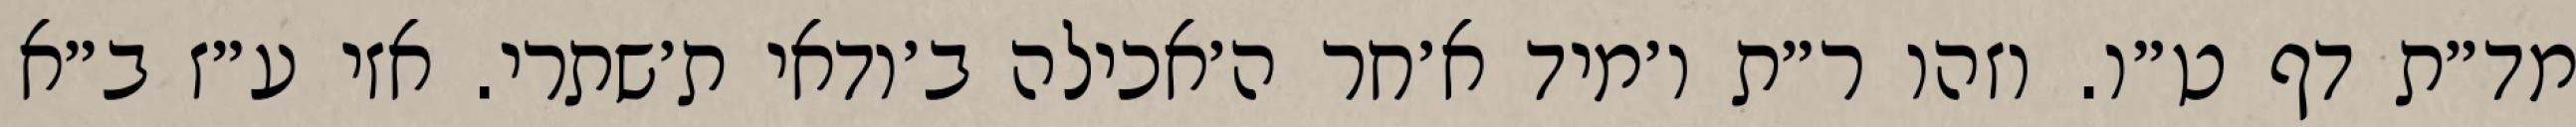
מד״ת דף ט״ו. וזהו ר״ת ו׳מיד א׳חר ה׳אכילה ב׳ודאי ת׳שתרי. אזי ע״ז ב״א